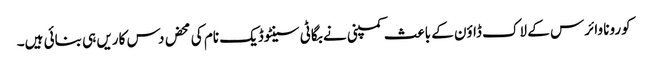
کورونا وائرس کے لاک ڈاؤن کے باعث کمپنی نے بگاٹی سینٹوڈیک نام کی محض دس کاریں ہی بنائی ہیں۔